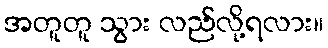
အတူတူ သွား လည်လို့ရလား။